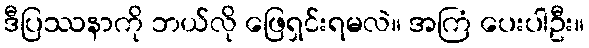
ဒီပြဿနာကို ဘယ်လို ဖြေရှင်းရမလဲ။ အကြံ ပေးပါဦး။